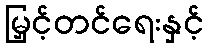
မြှင့်တင်ရေးနှင့်